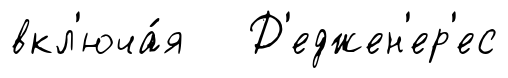
вкл'юча́я Д'еджен'ер'ес